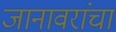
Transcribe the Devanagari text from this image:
जानावरांचा